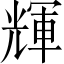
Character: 輝